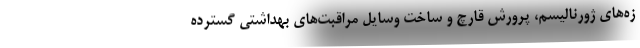
زه‌های ژورنالیسم، پرورش قارچ و ساخت وسایل مراقبت‌های بهداشتی گسترده